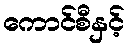
ကောင်စီနှင့်